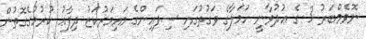
ނޮވެމްބަރު 3 ގެ ޢުދުވާނީ ހަމަލާގެ ވަގުތުގައި ސިފައިންގެ މައިމަރުކަޒު ދިފާޢު ކުރުމުގެގޮތުން